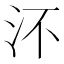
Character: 㳅